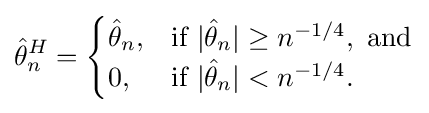
{\hat {\theta }}_{n}^{H}={\begin{cases}{\hat {\theta }}_{n},&{\text{if }}|{\hat {\theta }}_{n}|\geq n^{-1/4},{\text{ and}}\\0,&{\text{if }}|{\hat {\theta }}_{n}|<n^{-1/4}.\end{cases}}